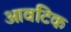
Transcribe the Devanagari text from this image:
आवंटिक